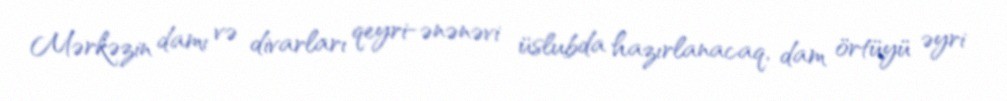
Mərkəzin damı və divarları qeyri-ənənəvi üslubda hazırlanacaq, dam örtüyü əyri